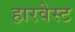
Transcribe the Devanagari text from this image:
हारवेस्ट